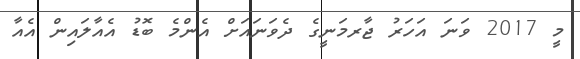
މީ 2017 ވަނަ އަހަރު ޖާރމަނީގެ ދެވަނައަށް އެންމެ ބޮޑު އެއާލައިން އެއާ